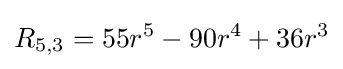
R_{5,3}=55r^{5}-90r^{4}+36r^{3}